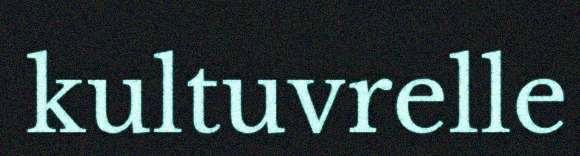
kultuvrelle